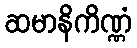
ဆမာနိကိဏ္ဏံ